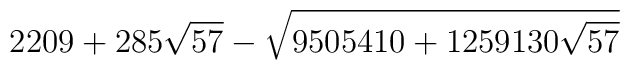
2209+285\sqrt{57}-\sqrt{9505410+1259130\sqrt{57}}